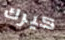
كيرك